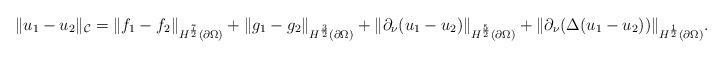
LaTeX: \begin{align*}\lVert u_{1}-u_{2}\rVert_{\mathcal{C}}=\lVert f_{1}-f_{2} \rVert_{H^{\frac{7}{2}}(\partial \Omega)}+\lVert g_{1}-g_{2} \rVert_{H^{\frac{3}{2}}(\partial \Omega)} +\lVert \partial_{\nu}(u_{1}-u_{2}) \rVert_{H^{\frac{5}{2}}(\partial \Omega)}+\lVert \partial_{\nu}(\Delta(u_{1}-u_{2})) \rVert_{H^{\frac{1}{2}}(\partial \Omega)}.\end{align*}